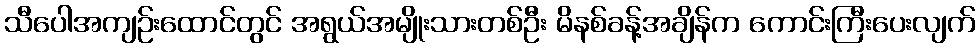
သီပေါအကျဉ်းထောင်တွင် အရွယ်အမျိုးသားတစ်ဦး မိနစ်ခန့်အချိန်က ကောင်းကြီးပေးလျက်